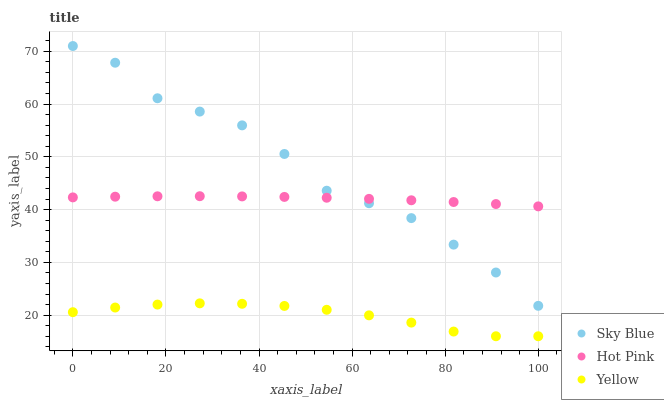
| xaxis_label | Sky Blue | Hot Pink | Yellow |
 | --- | --- | --- | --- |
 | 0 | 71 | 42.3 | 20.6 |
 | 9.09 | 67.8 | 42.4 | 21.4 |
 | 18.2 | 61.1 | 42.5 | 22 |
 | 27.3 | 58.6 | 42.5 | 22.2 |
 | 36.4 | 56 | 42.5 | 22.2 |
 | 45.5 | 50.5 | 42.4 | 21.7 |
 | 54.5 | 43.6 | 42.2 | 21 |
 | 63.6 | 41.2 | 42 | 20 |
 | 72.7 | 38.4 | 41.8 | 18.6 |
 | 81.8 | 33.4 | 41.4 | 16.9 |
 | 90.9 | 28.1 | 41.1 | 16 |
 | 100 | 21.8 | 40.6 | 16 |